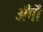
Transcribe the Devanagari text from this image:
अँगों